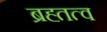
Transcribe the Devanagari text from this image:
ब्रह्तत्व